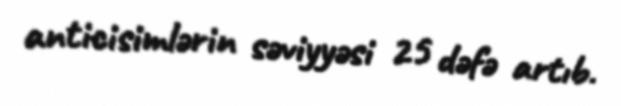
anticisimlərin səviyyəsi 25 dəfə artıb.